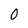
Character: 0